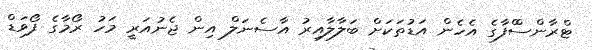
ޓްރާންސްްފާގެ އެހެން އަޑުތަކަށް ބަލާލާއިރު އާސެނަލް އިން ޖެނުއަރީ މަހު ރޯމާގެ ފޯވަޑް